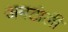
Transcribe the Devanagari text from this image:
अमटोली